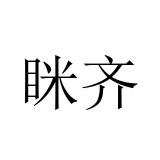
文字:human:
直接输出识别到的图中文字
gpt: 眯齐